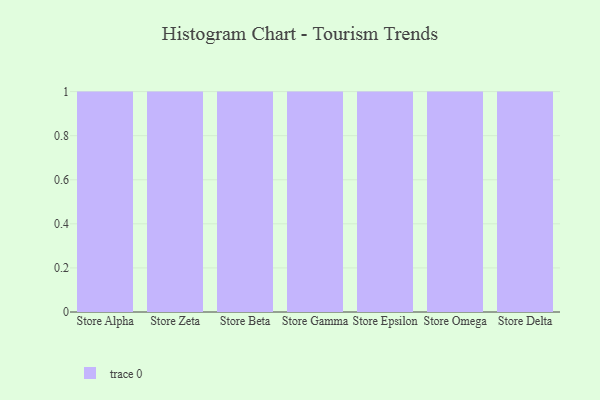
{"axis": {"x": "Store", "y": "Humidity (%)"}, "legend": [""], "data": [{"x": "Store Alpha", "y": 98, "type": ""}, {"x": "Store Zeta", "y": 65, "type": ""}, {"x": "Store Beta", "y": 81, "type": ""}, {"x": "Store Gamma", "y": 89, "type": ""}, {"x": "Store Epsilon", "y": 30, "type": ""}, {"x": "Store Omega", "y": 55, "type": ""}, {"x": "Store Delta", "y": 54, "type": ""}]}